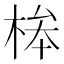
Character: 桳